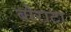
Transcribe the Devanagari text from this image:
बोराटा